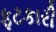
ફટકારી